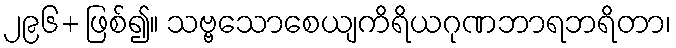
၂၉၆+ ဖြစ်၍။ သဗ္ဗသောစေယျကိရိယဂုဏဘာရဘရိတာ၊